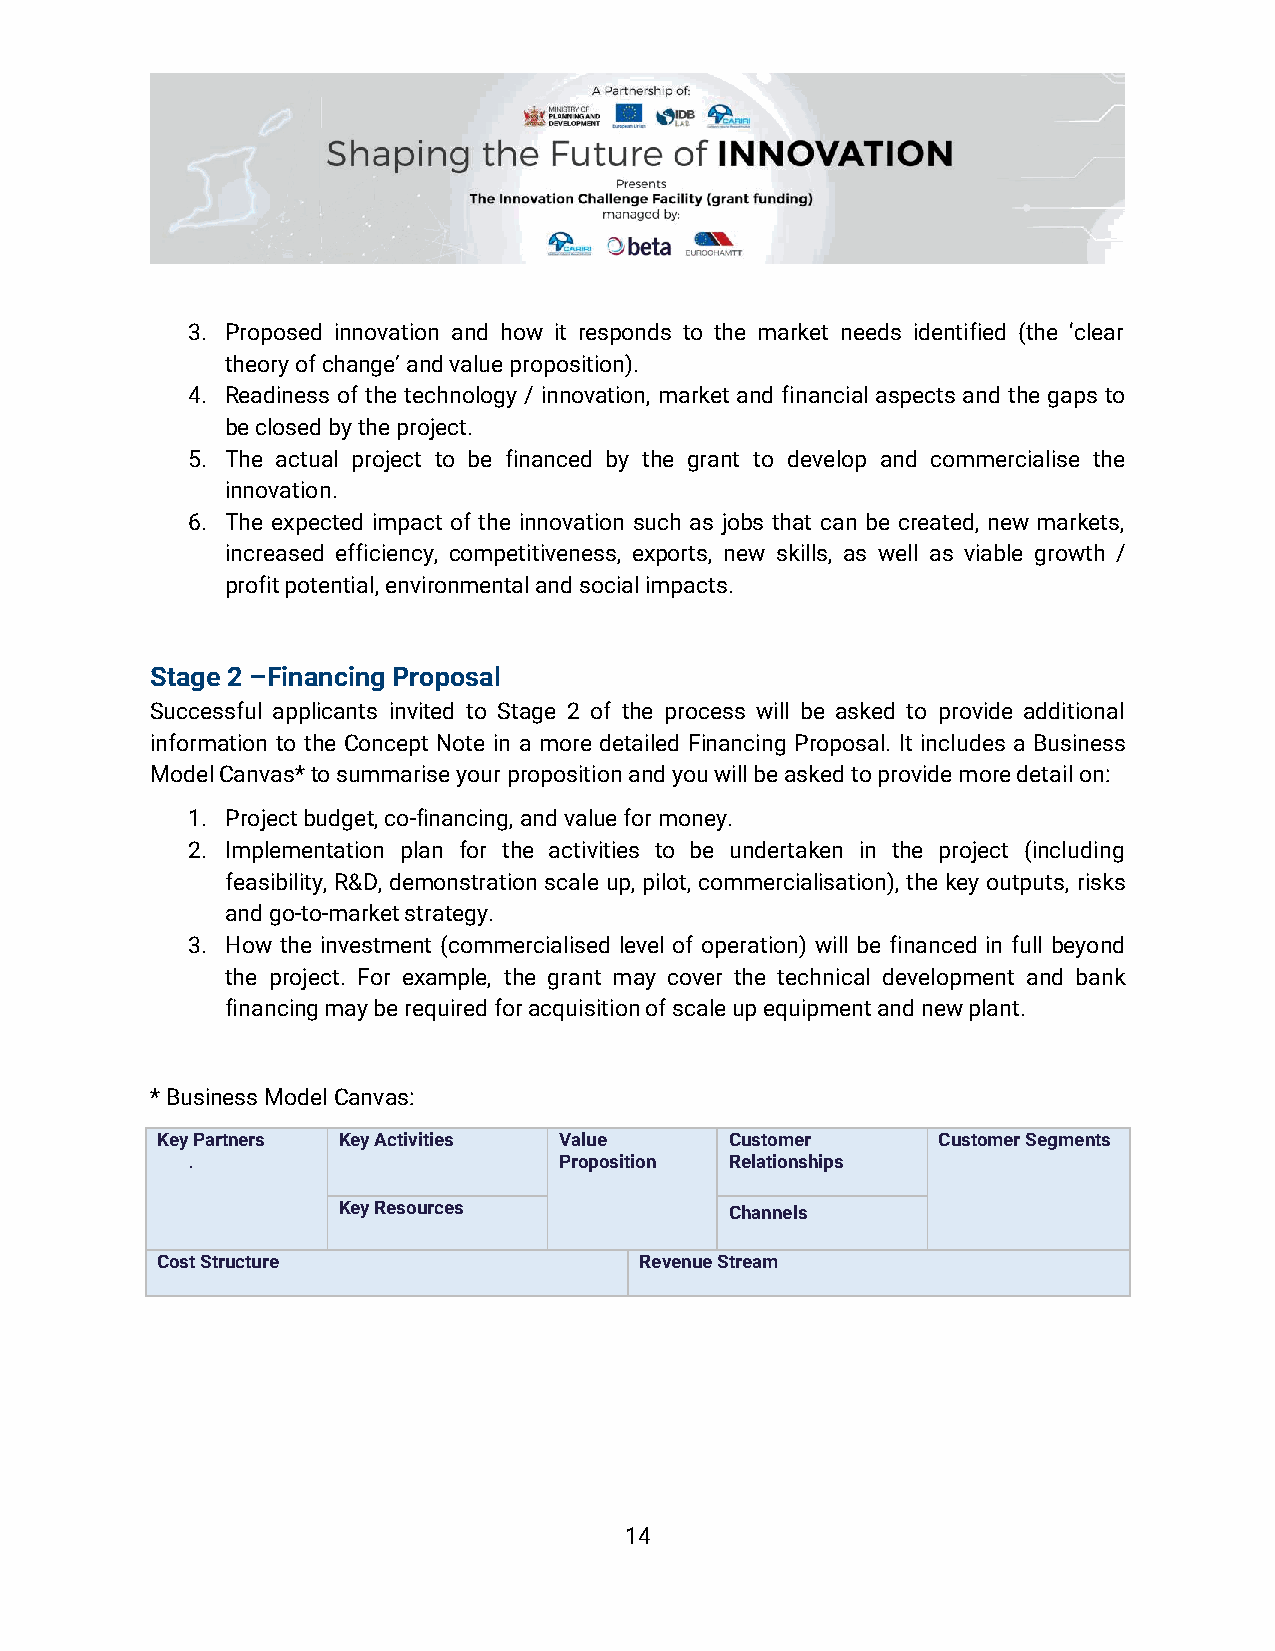
3. Proposed innovation and how it responds to the market needs identified (the ‘clear
 theory of change’ and value proposition).
 4. Readiness of the technology / innovation, market and financial aspects and the gaps to
 be closed by the project.
 5. The actual project to be financed by the grant to develop and commercialise the
 innovation.
 6. The expected impact of the innovation such as jobs that can be created, new markets,
 increased efficiency, competitiveness, exports, new skills, as well as viable growth /
 profit potential, environmental and social impacts.
 Stage 2 –Financing Proposal
 Successful applicants invited to Stage 2 of the process will be asked to provide additional
 information to the Concept Note in a more detailed Financing Proposal. It includes a Business
 Model Canvas* to summarise your proposition and you will be asked to provide more detail on:
 1. Project budget, co-financing, and value for money.
 2. Implementation plan for the activities to be undertaken in the project (including
 feasibility, R&D, demonstration scale up, pilot, commercialisation), the key outputs, risks
 and go-to-market strategy.
 3. How the investment (commercialised level of operation) will be financed in full beyond
 the project. For example, the grant may cover the technical development and bank
 financing may be required for acquisition of scale up equipment and new plant.
 * Business Model Canvas:
 Key Partners Key Activities Value     Customer      Customer Segments
 .                        Proposition Relationships
 Key Resources             Channels
 Cost Structure                  Revenue Stream
 14